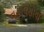
વહાલસોયા